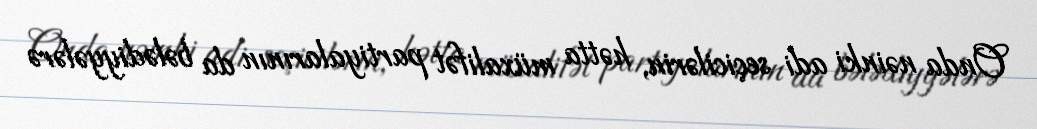
Onda nəinki adi seçicilərin, hətta müxalifət partiyalarının da bələdiyyələrə